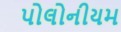
પોલોનીયમ